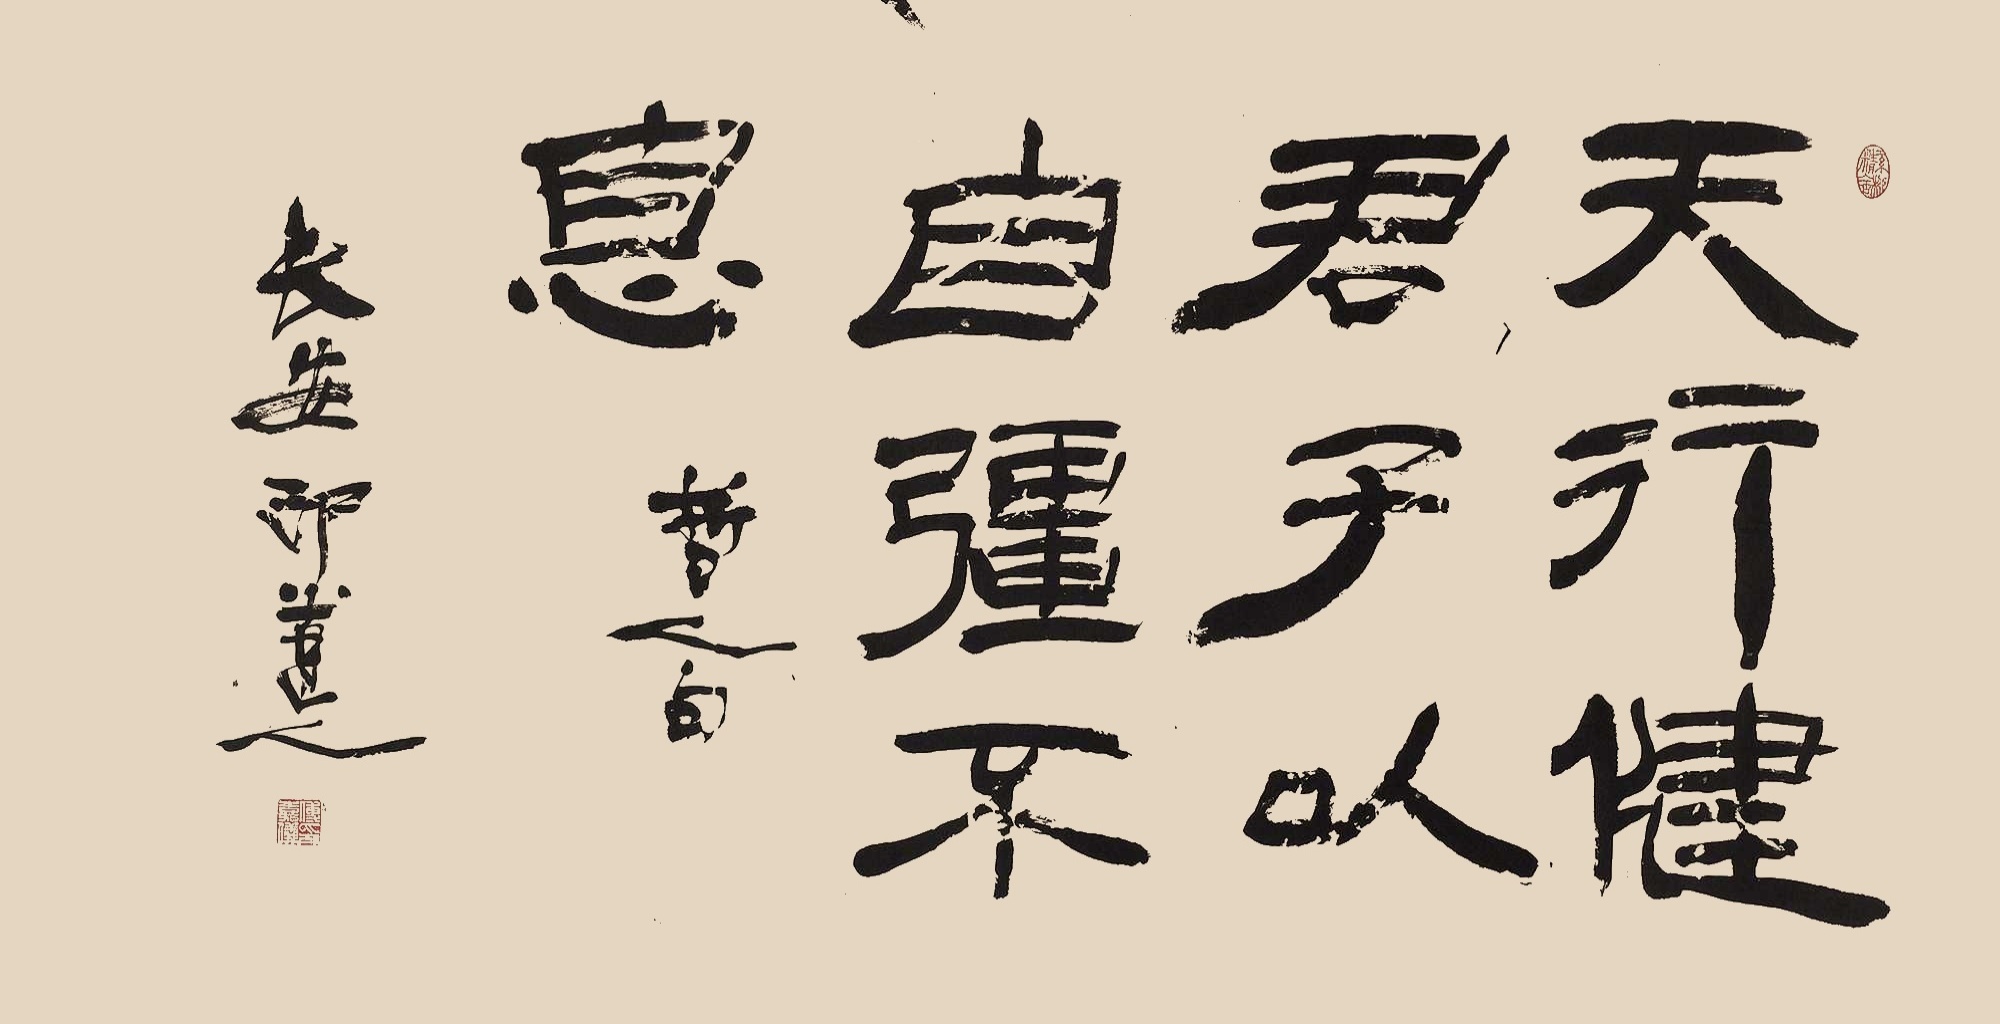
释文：天行健君子以自强不息。哲人句。长安印道人。